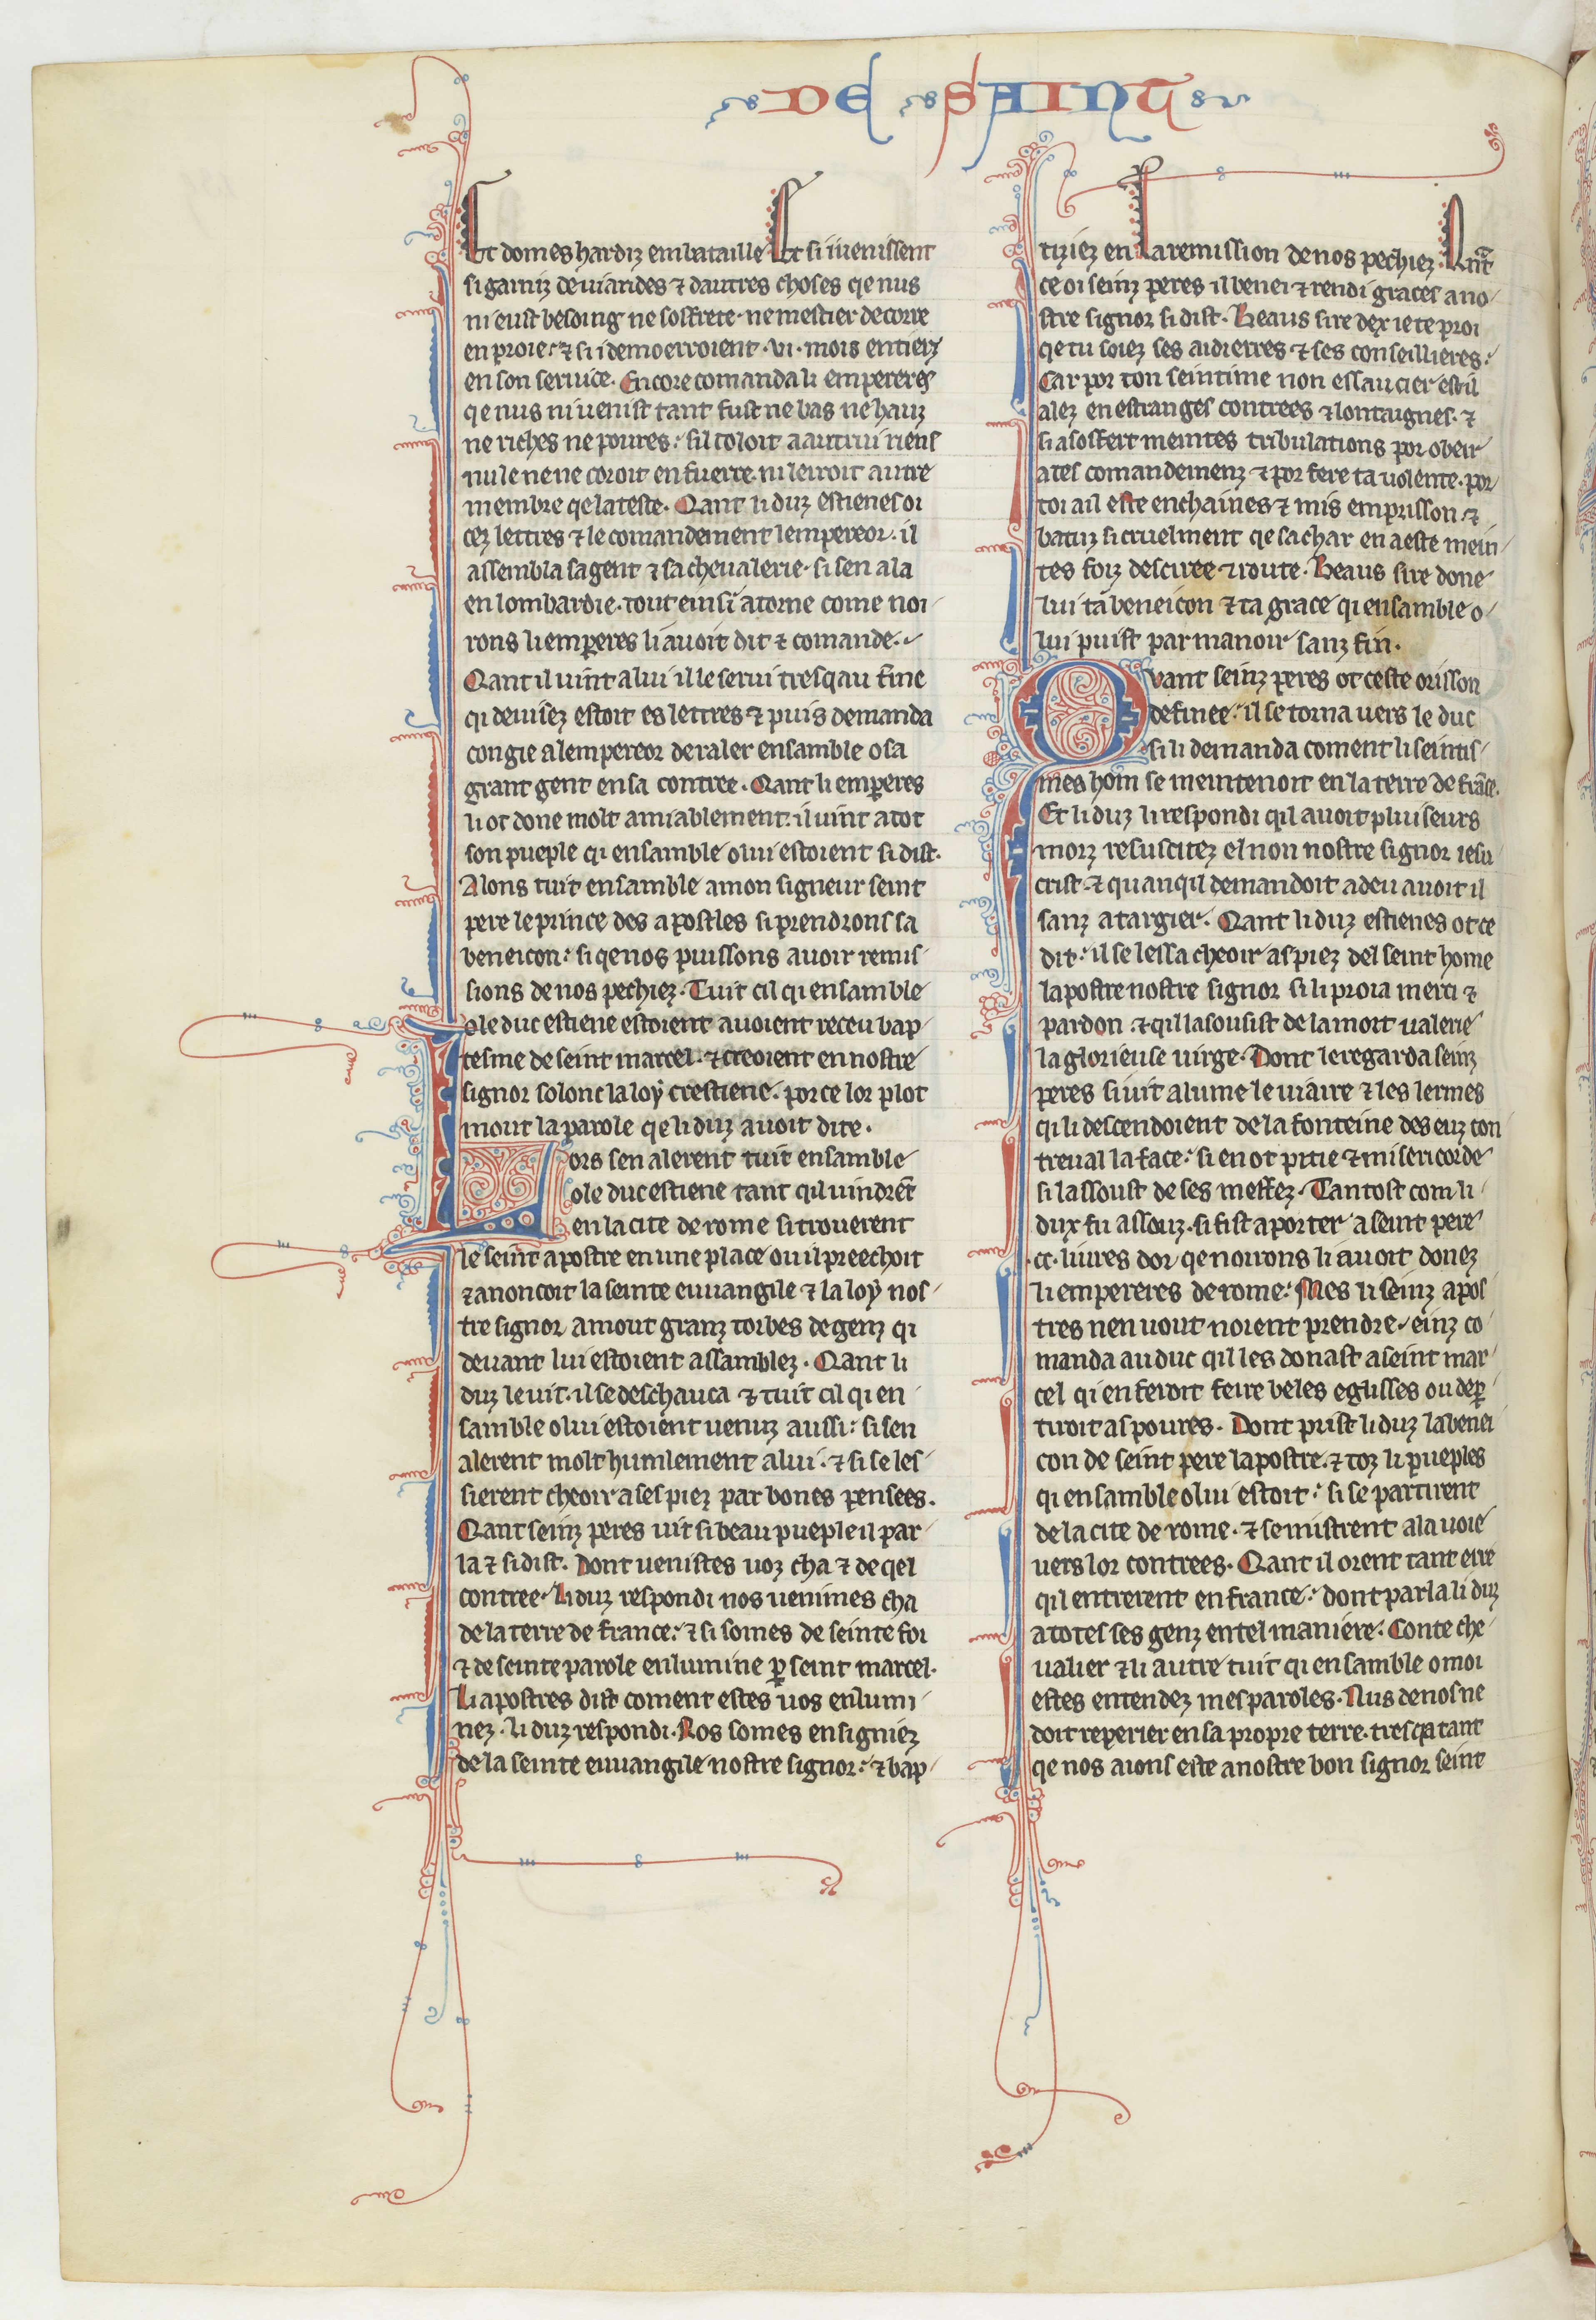
Shelfmark: Paris, BnF, fr. 412
Century: 13